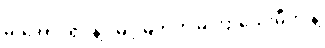
မိုးအောင်ရင်နဲ့ဲမြင့်မြတ်က မကြာသေးမီက နဲ့